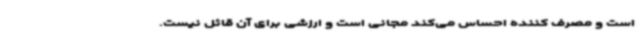
است و مصرف کننده احساس می‌کند مجانی است و ارزشی برای آن قائل نیست.